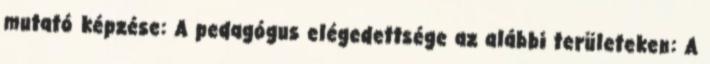
mutató képzése: A pedagógus elégedettsége az alábbi területeken: A